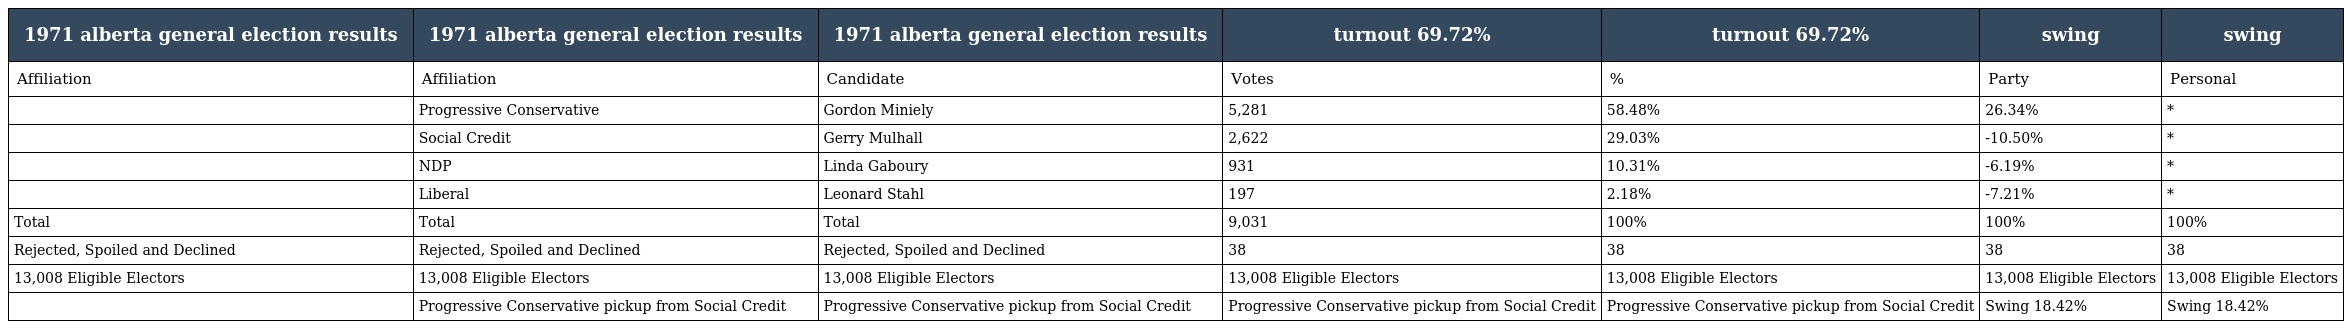
| 1971 alberta general election results | 1971 alberta general election results | 1971 alberta general election results | turnout 69.72% | turnout 69.72% | swing | swing |
 | --- | --- | --- | --- | --- | --- | --- |
 | Affiliation | Affiliation | Candidate | Votes | % | Party | Personal |
 |  | Progressive Conservative | Gordon Miniely | 5,281 | 58.48% | 26.34% | * |
 |  | Social Credit | Gerry Mulhall | 2,622 | 29.03% | -10.50% | * |
 |  | NDP | Linda Gaboury | 931 | 10.31% | -6.19% | * |
 |  | Liberal | Leonard Stahl | 197 | 2.18% | -7.21% | * |
 | Total | Total | Total | 9,031 | 100% | 100% | 100% |
 | Rejected, Spoiled and Declined | Rejected, Spoiled and Declined | Rejected, Spoiled and Declined | 38 | 38 | 38 | 38 |
 | 13,008 Eligible Electors | 13,008 Eligible Electors | 13,008 Eligible Electors | 13,008 Eligible Electors | 13,008 Eligible Electors | 13,008 Eligible Electors | 13,008 Eligible Electors |
 |  | Progressive Conservative pickup from Social Credit | Progressive Conservative pickup from Social Credit | Progressive Conservative pickup from Social Credit | Progressive Conservative pickup from Social Credit | Swing 18.42% | Swing 18.42% |